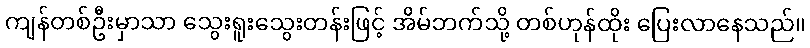
ကျန်တစ်ဦးမှာသာ သွေးရူးသွေးတန်းဖြင့် အိမ်ဘက်သို့ တစ်ဟုန်ထိုး ပြေးလာနေသည်။